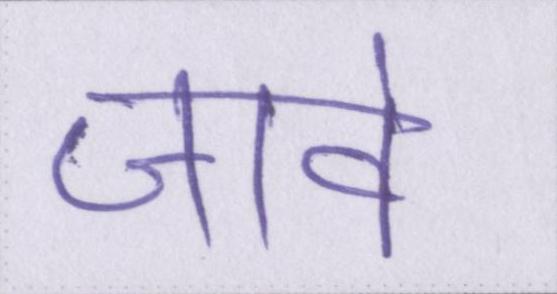
जावे